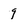
Character: 9